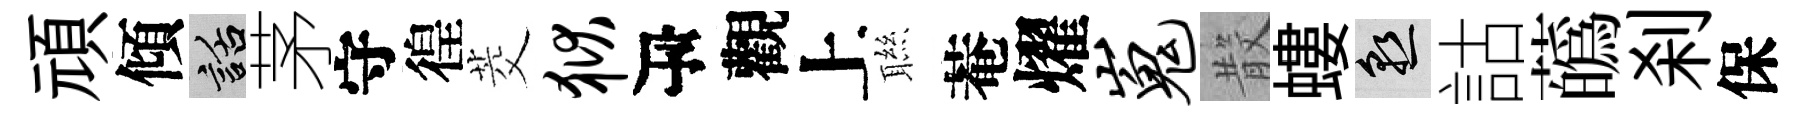
頑傾話茅守徨茭狱瓴觀上聮菴燿嵬𣪚螻熟詁蘤刹保